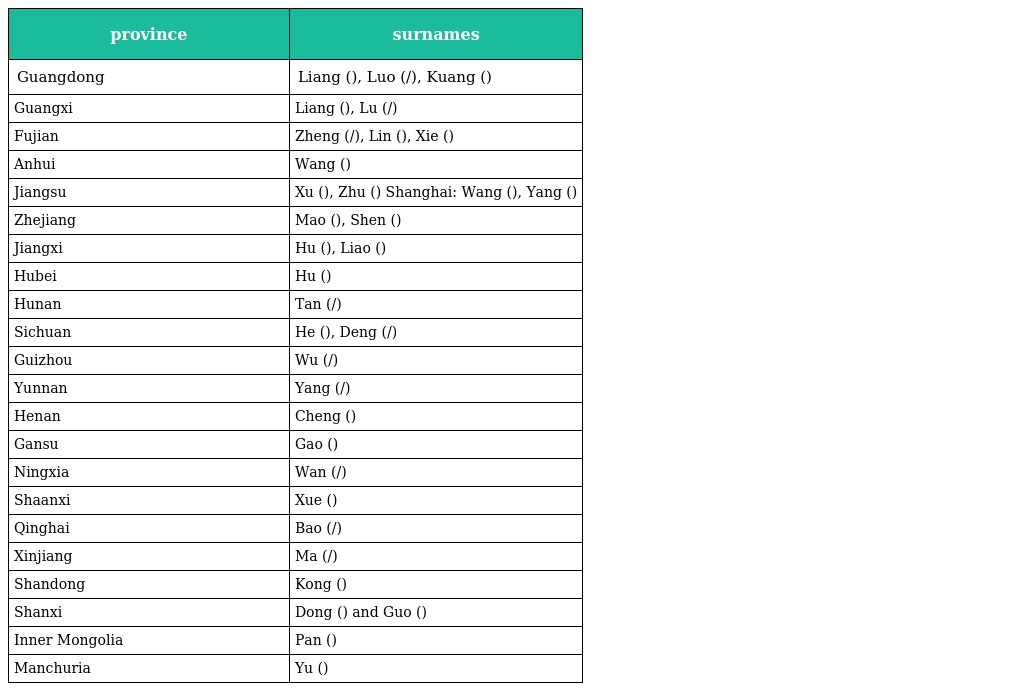
| province | surnames |
 | --- | --- |
 | Guangdong | Liang (梁), Luo (罗/羅), Kuang (鄺) |
 | Guangxi | Liang (梁), Lu (陆/陸) |
 | Fujian | Zheng (郑/鄭), Lin (林), Xie (謝) |
 | Anhui | Wang (汪) |
 | Jiangsu | Xu (徐), Zhu (朱) Shanghai: Wang (王), Yang (杨) |
 | Zhejiang | Mao (毛), Shen (沈) |
 | Jiangxi | Hu (胡), Liao (廖) |
 | Hubei | Hu (胡) |
 | Hunan | Tan (谭/譚) |
 | Sichuan | He (何), Deng (邓/鄧) |
 | Guizhou | Wu (吴/吳) |
 | Yunnan | Yang (杨/楊) |
 | Henan | Cheng (程) |
 | Gansu | Gao (高) |
 | Ningxia | Wan (万/萬) |
 | Shaanxi | Xue (薛) |
 | Qinghai | Bao (鲍/鮑) |
 | Xinjiang | Ma (马/馬) |
 | Shandong | Kong (孔) |
 | Shanxi | Dong (董) and Guo (郭) |
 | Inner Mongolia | Pan (潘) |
 | Manchuria | Yu (于) |